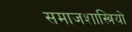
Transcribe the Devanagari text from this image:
समाजशास्त्रियो